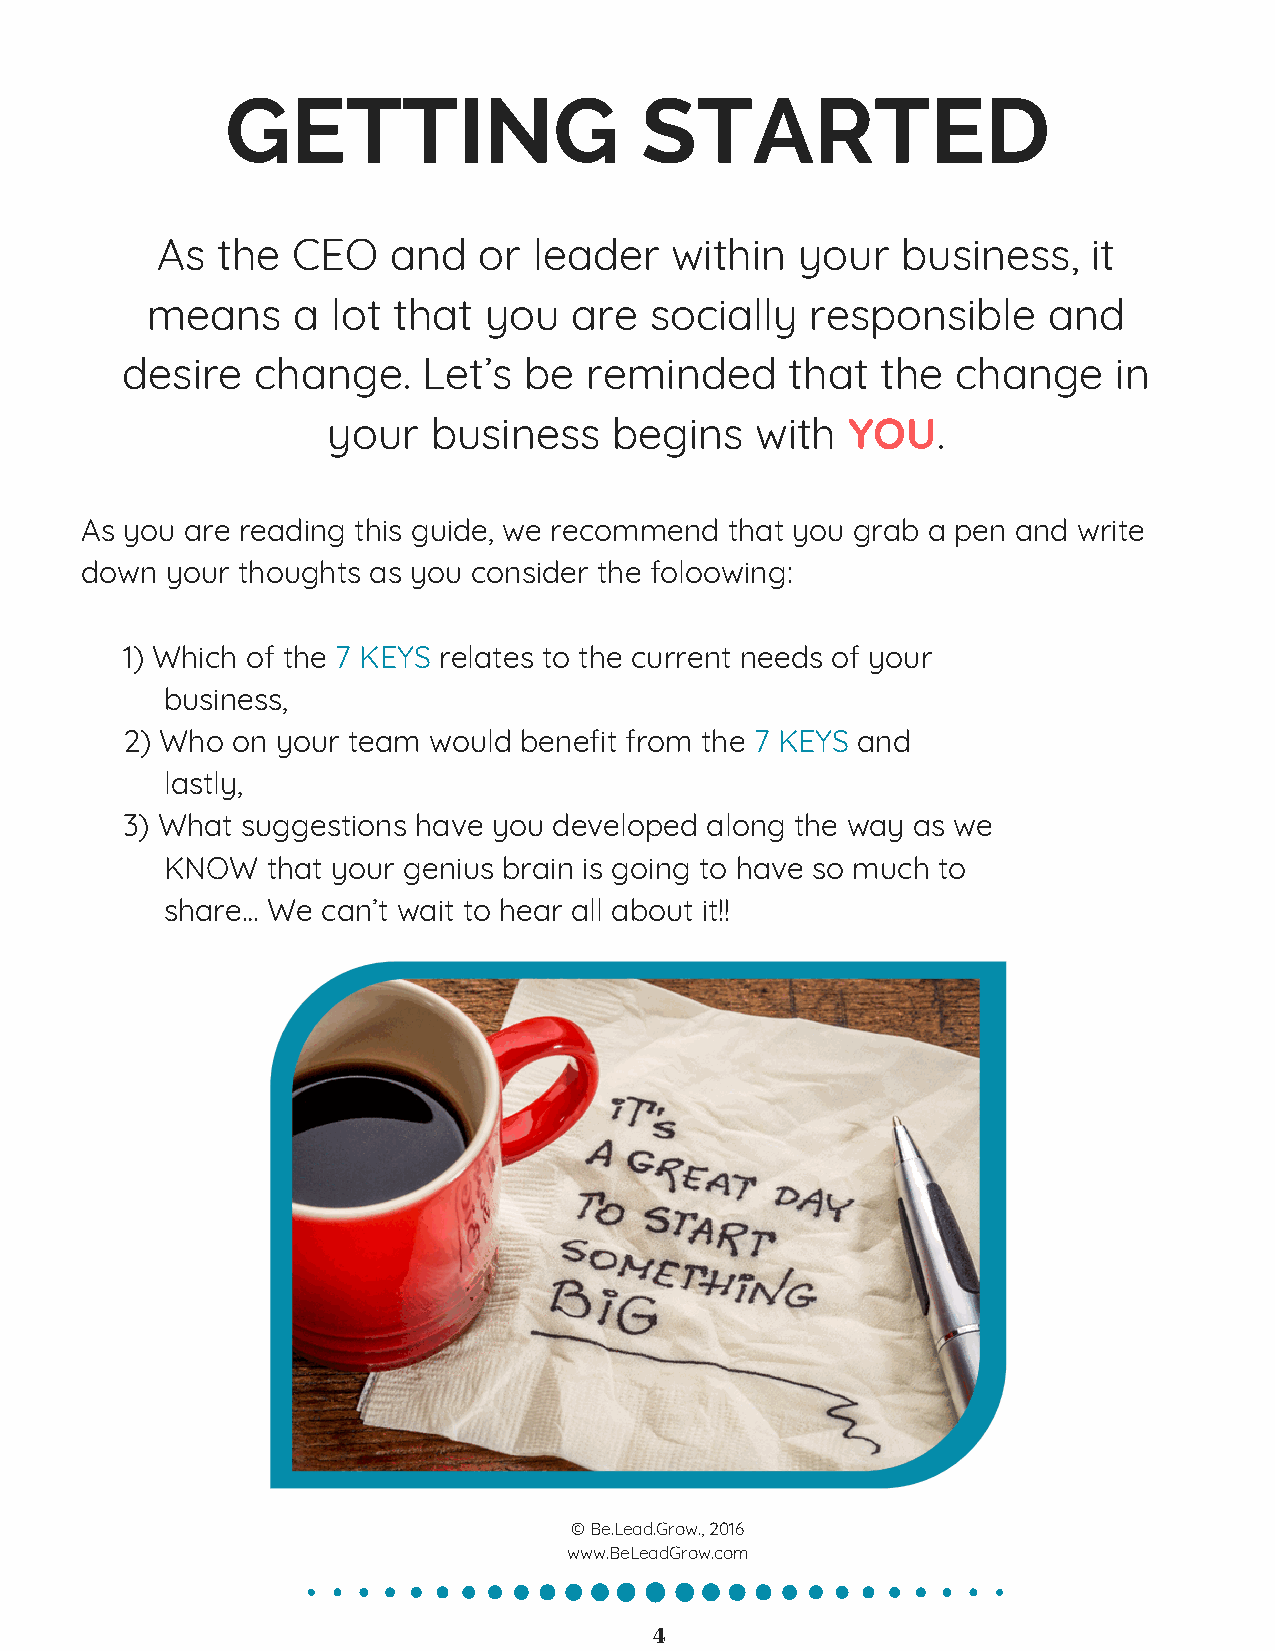
GETTING                    STARTED
 As  the  CEO    and   or leader   within   your   business,   it
 means    a  lot that  you   are  socially   responsible    and
 desire   change.    Let’s  be  reminded     that  the  change     in
 your   business    begins   with  YOU.
 As you are reading this guide, we recommend that you grab a pen and write
 down  your thoughts as you consider the foloowing:
 1) Which of the 7 KEYS relates to the current needs of your
 business,
 2) Who on your team would benefit from the 7 KEYS and
 lastly,
 3) What suggestions have you developed along the way as we
 KNOW   that your genius brain is going to have so much to
 share… We can’t wait to hear all about it!!
 © Be.Lead.Grow., 2016
 www.BeLeadGrow.com
 4